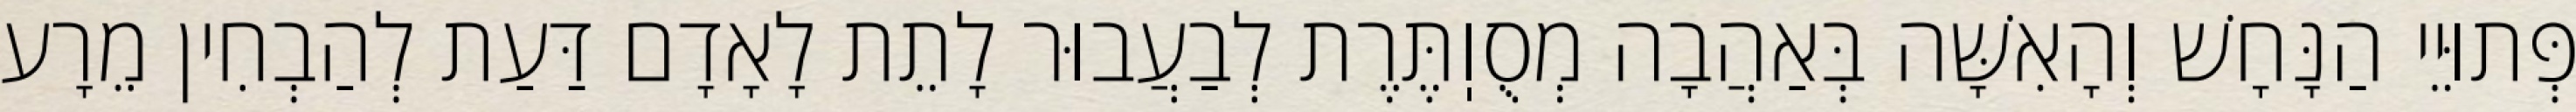
פְּתוּיֵי הַנָּחָשׁ וְהָאִשָּׁה בְּאַהֲבָה מְסֻוֽתֶּרֶת לְבַעֲבוּר לָתֵת לָאָדָם דַּעַת לְהַבְחִין מֵרָע